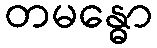
တမန္ဓော